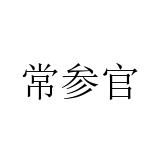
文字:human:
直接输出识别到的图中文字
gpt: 常参官